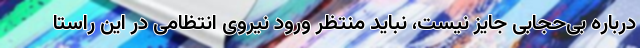
درباره بی‌حجابی جایز نیست، نباید منتظر ورود نیروی انتظامی در این راستا